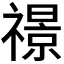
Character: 𮂙